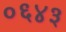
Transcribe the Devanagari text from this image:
०६४३